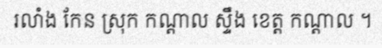
រលាំង កែន ស្រុក កណ្តាល ស្ទឹង ខេត្ត កណ្តាល ។